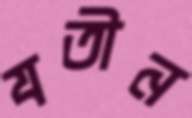
যতীন